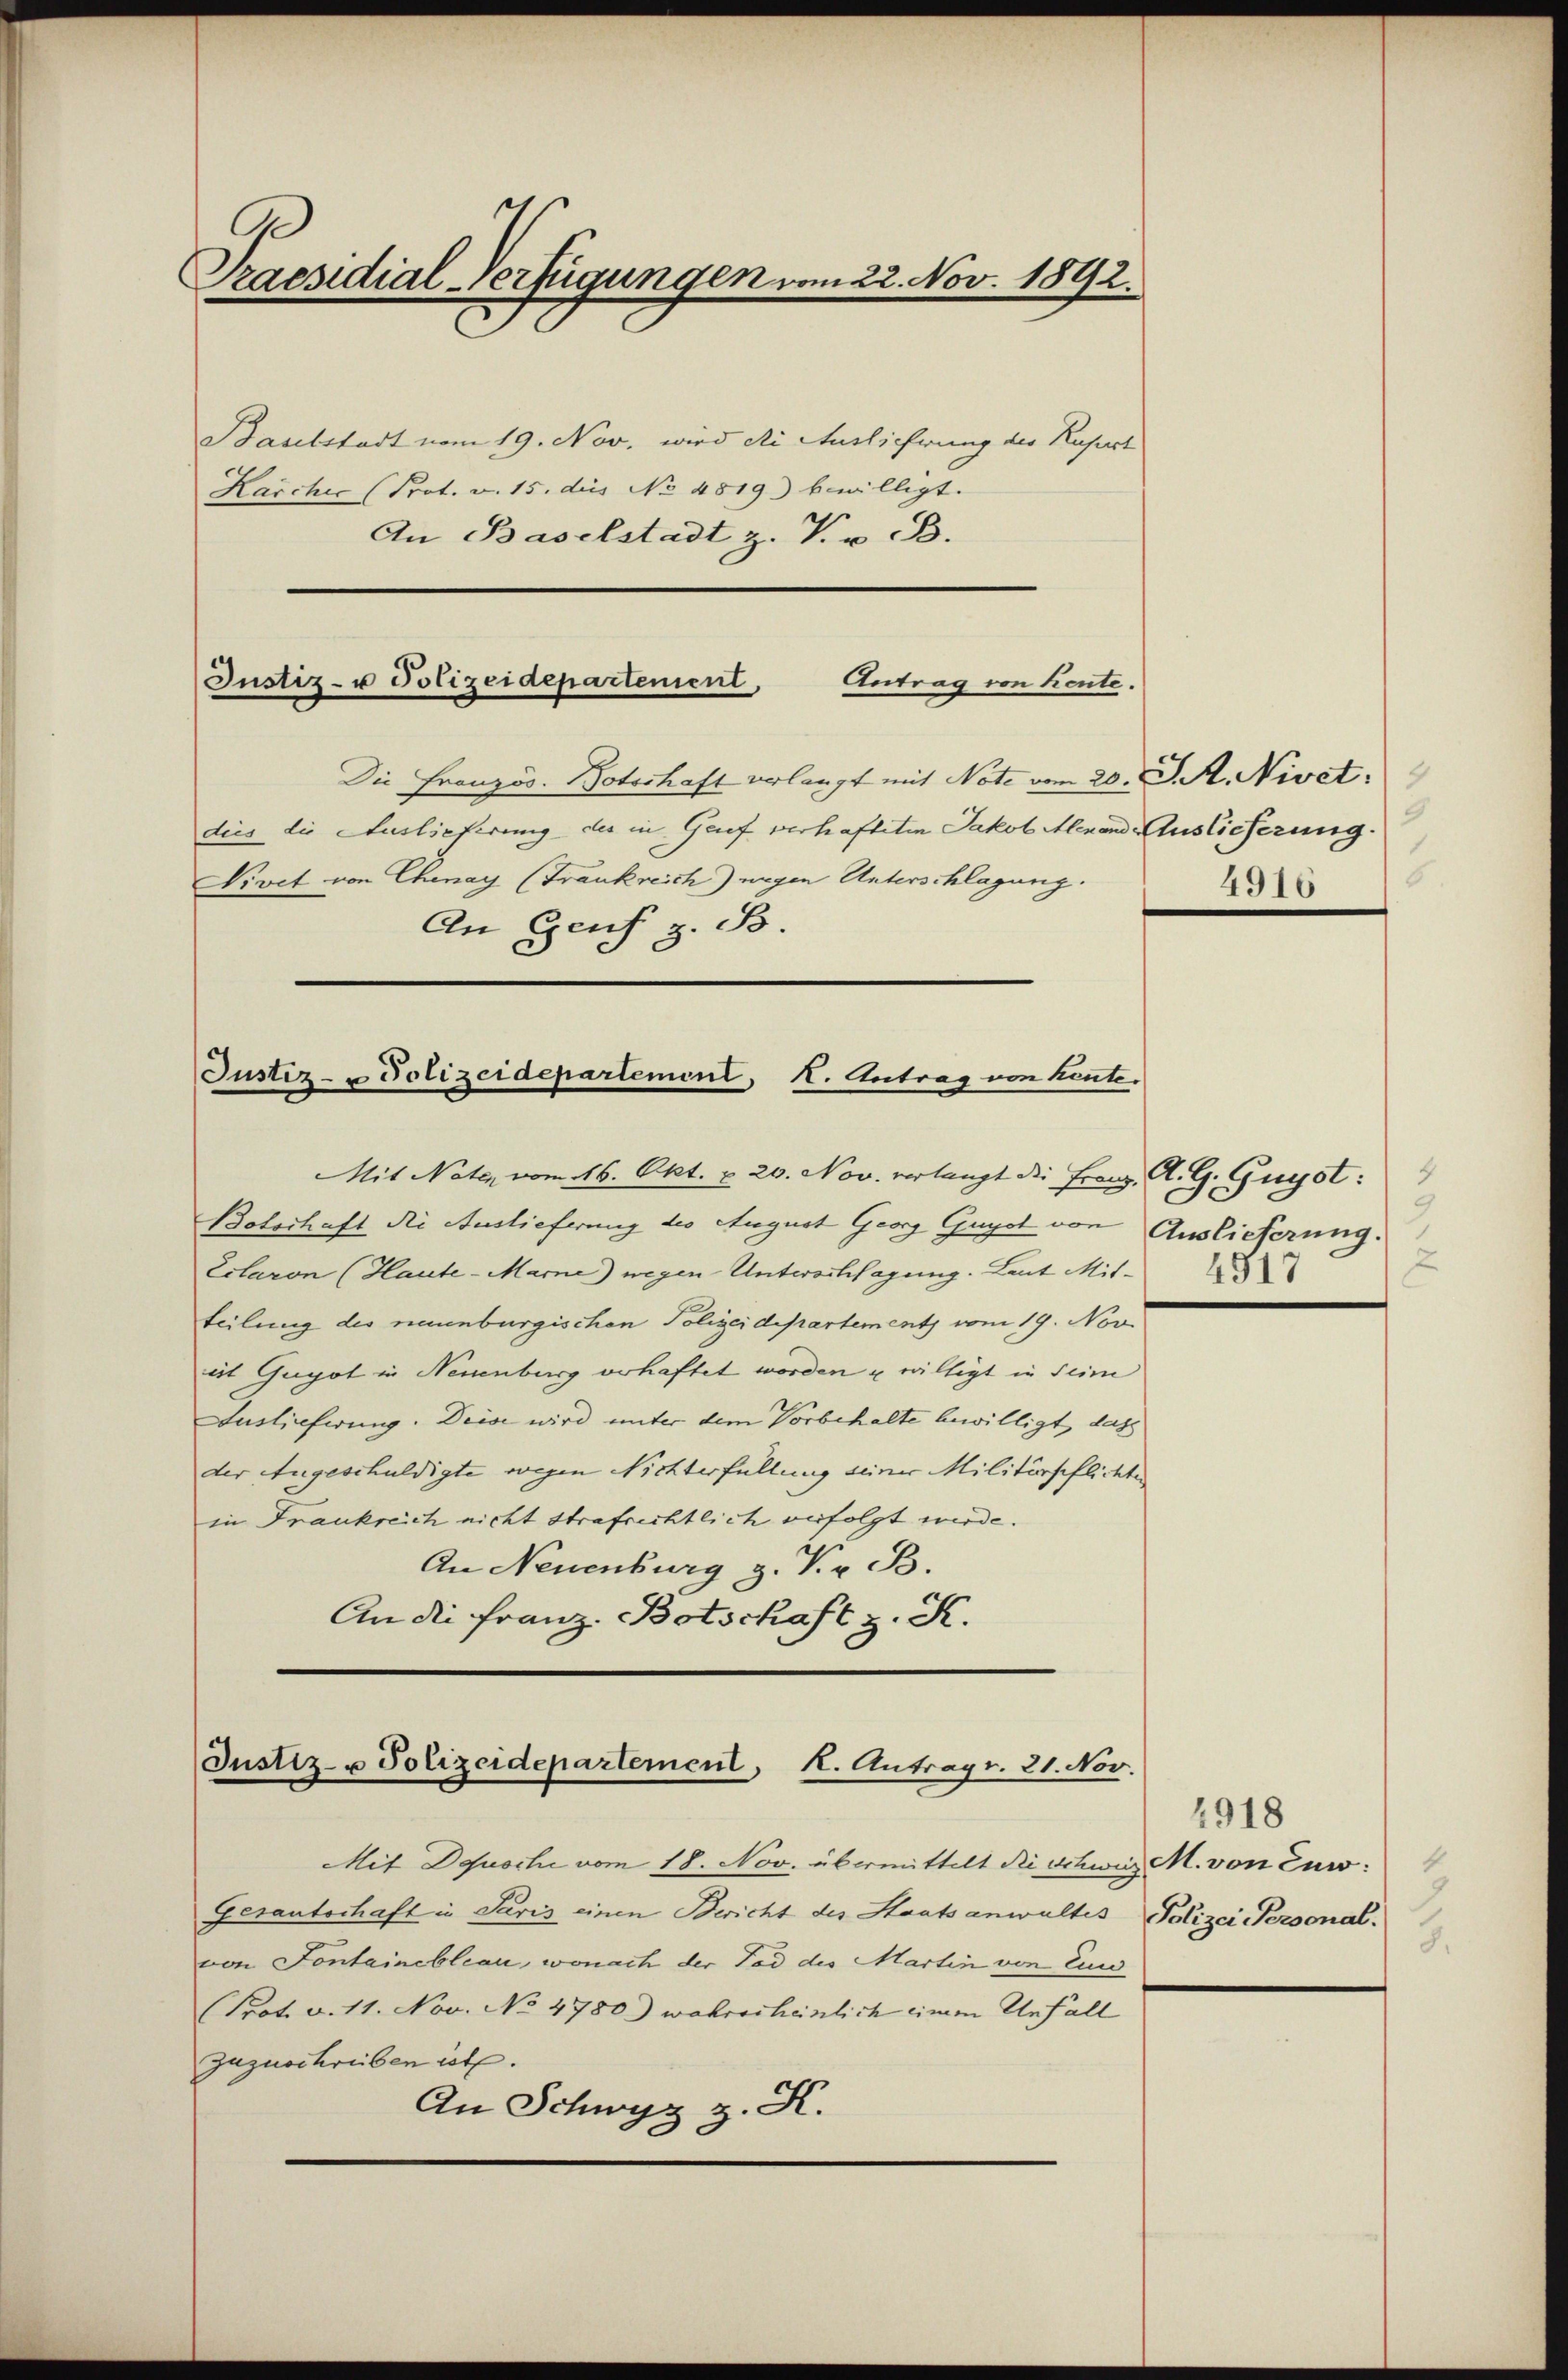
C
Praesidial-Verfügungen vom 22. Nov. 1892.

Baubstadt vom 19. Nov. wird die Auslicherung der Rasirt
Karcher (Prot. v. 15. dies No 4819) bewilligt.
An Baselstadt z. V. v. B.

Justiz- u Polizeidepartement, Antrag von heute.

Die Französ. Botschaft verlangt mit Note vom 20. J. A. Nivet.
dies die Auslieferung der in Grief verhafteten Jakob Alexand Auslieferung
Nivet von Chenay (Frankreich) wegen Unterschlagung.
An Genf z. B.

Justiz- u Polizeidepartement, I. Antrag von kente.

Mit Note vom 16. Okt. u 20. Nov. verlangt die Franz, A. G. Guyst:
Botschaft die Auslieferung des August Georg Guyst von Auslieferung.
Ectaron (Haute-Marne) wegen Untwerksagung. Laut Mit-
teilung des neuenburgischen Polizeidepartement vom 19. Nov
iit Gugot in Neuenburg verhaftet worden u willigt in sein
Auslieferung. Deise wird unter dem Vorbehalte bewilligt, dass
der Angeschuldigte wegen Nichterfüllung seiner Militärpflichten
in Frankreich nicht Strafrichtlich verfolgt werde.
An Neuenburg z. Kr. B.
An die Franz. Botschaft z. K.

Justiz- u Polizeidepartement, K. Antrag. 21. Nov.

Mit Dosche vom 18. Nov. übermittelt Rischweiz. M. von Euro¬
Gesantschaft in Paris einen Bericht des Staatsanwaltes Polizei Personal.
von Fontainebleau, wonach der Tod des Martin von Eing
(Prot. v. 11. Nov. No 4780) wahrscheinlich einem Unfall
zuzuschreiben ist.
An Schwyz z. K.

9
6
4916

3
x

1918
8.